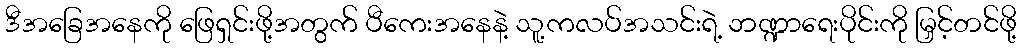
ဒီအခြေအနေကို ဖြေရှင်းဖို့အတွက် ပီကေးအနေနဲ့ သူ့ကလပ်အသင်းရဲ့ ဘဏ္ဍာရေးပိုင်းကို မြှင့်တင်ဖို့